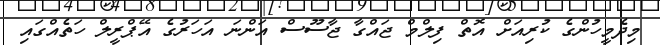
މިދެމީހުންގެ ކުރިއަށް އޮތް ފިލްމް ޖައްގާ ޖާސޫސް އަންނަ އަހަރުގެ އޭޕްރީލް ހަތެއްގައި